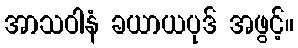
အာသဝါနံ ခယာယပုဒ် အဖွင့်။